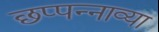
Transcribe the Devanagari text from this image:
छप्पन्नाव्या